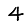
Digit: 4